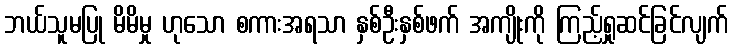
ဘယ်သူမပြု မိမိမှု ဟုသော စကားအရသာ နှစ်ဦးနှစ်ဖက် အကျိုးကို ကြည့်ရှုဆင်ခြင်လျက်